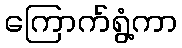
ကြောက်ရွံ့ကာ